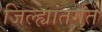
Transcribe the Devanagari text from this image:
जिल्ह्यांतर्गत